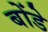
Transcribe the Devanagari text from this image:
बोंडे